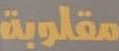
مقلوبة